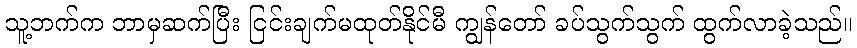
သူ့ဘက်က ဘာမှဆက်ပြီး ငြင်းချက်မထုတ်နိုင်မီ ကျွန်တော် ခပ်သွက်သွက် ထွက်လာခဲ့သည်။